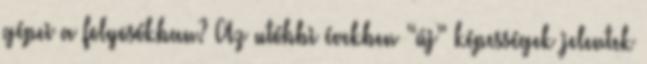
gépei a folyosókban? Az utóbbi években “új” képességek jelentek